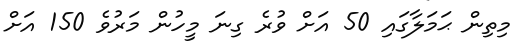
މިތިން ޙަމަލާގައި 50 އަށް ވުރެ ގިނަ މީހުން މަރުވެ 150 އަށް